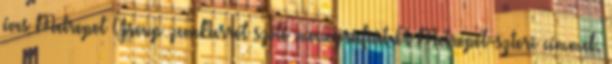
éves Metropol Group zenekarról szóló monográfiát A Metropol-sztori címmel.